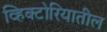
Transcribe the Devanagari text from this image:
व्हिक्टोरियातील